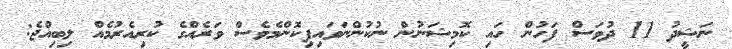
ނަޝީދު 11 ދުވަސް ފަހުން ހައި ކޮމިޝަނުން ނުކުންނަވައިފިކޮންމެވެސް ވަރެއްގެ ކުރިއެރުމެއް ލިބިއްޖެ: